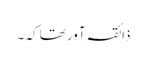
ذائقہ آور تھا کہ ۔